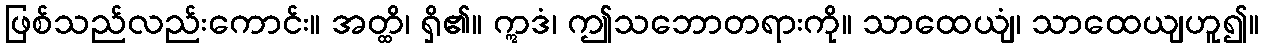
ဖြစ်သည်လည်းကောင်း။ အတ္ထိ၊ ရှိ၏။ ဣဒံ၊ ဤသဘောတရားကို။ သာထေယျံ၊ သာထေယျဟူ၍။